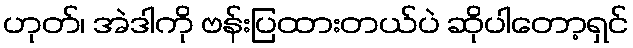
ဟုတ်၊ အဲဒါကို ဗန်းပြထားတယ်ပဲ ဆိုပါတော့ရှင်